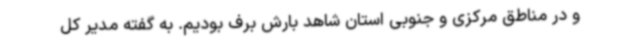
و در مناطق مرکزی و جنوبی استان شاهد بارش برف بودیم. به گفته مدیر کل